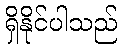
ရှိနိုင်ပါသည်